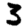
Digit: 3